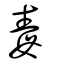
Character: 毒